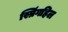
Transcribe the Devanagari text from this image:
स्प्रिंगहिल